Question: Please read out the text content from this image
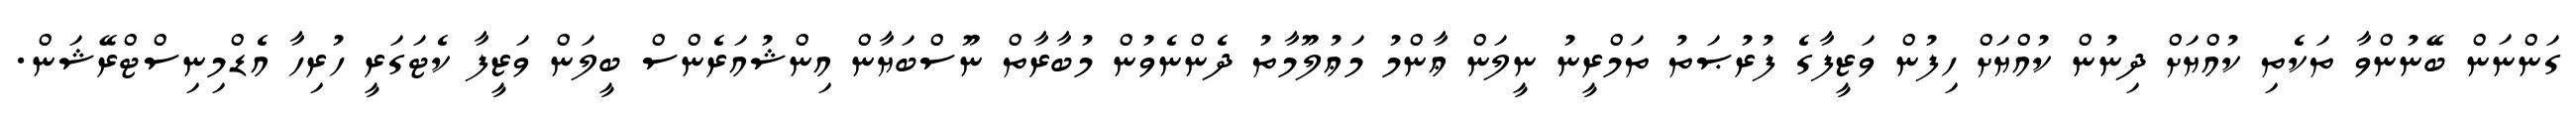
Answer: ގަންނަން ބޭނުންވާ ތަކެތި ކުއްޔަށް ދިނުން ކުއްޔަށް ހިފުން ވަޒީފާގެ ފުރުޞަތު ތަމްރީނު ނީލަން ޢާންމު މަޢުލޫމާތު ދެންނެވުން މުބާރާތް ނޫސްބަޔާން އިންޝުއަރެންސް ބީލަން ވަޒީފާ ކެޓަގަރީ ހުރިހާ އެޑްމިނިސްޓްރޭޝަން.